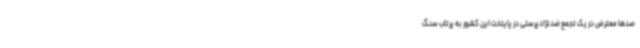
صدها معترض در یک تجمع ضدنژادپرستی در پایتخت این کشور به پرتاب سنگ